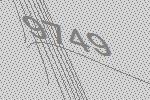
9749